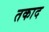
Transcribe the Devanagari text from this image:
तकाद